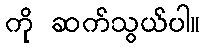
ကို ဆက်သွယ်ပါ။